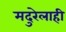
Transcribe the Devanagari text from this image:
मदुरेलाही